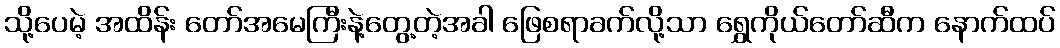
သို့ပေမဲ့ အထိန်း တော်အမေကြီးနဲ့တွေ့တဲ့အခါ ဖြေစရာခက်လို့သာ ရွှေကိုယ်တော်ဆီက နောက်ထပ်